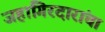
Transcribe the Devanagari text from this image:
जहागिरदारांचा